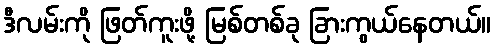
ဒီလမ်းကို ဖြတ်ကူးဖို့ မြစ်တစ်ခု ခြားကွယ်နေတယ်။